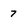
Character: 7